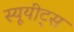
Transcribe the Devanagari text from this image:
स्यूयीट्स